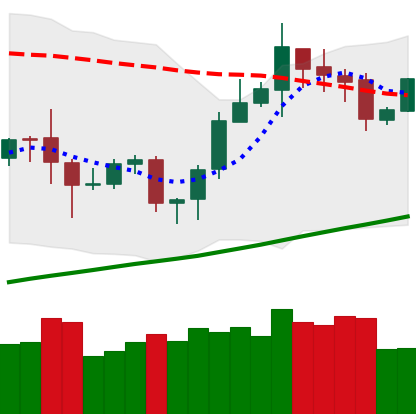
Ticker: ETH-USD
Chart end date: 2020-10-18
Forward return: 8.343%
Label: up_7plus